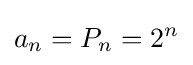
a_{n}=P_{n}=2^{n}